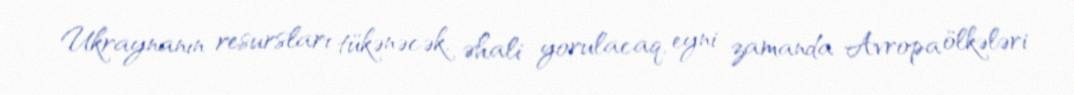
Ukraynanın resursları tükənəcək, əhali yorulacaq, eyni zamanda Avropa ölkələri